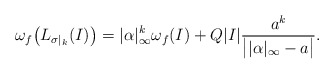
\begin{align*}\omega_f \big(L_{\sigma|_k}(I)\big) = |\alpha|_\infty ^k \omega_f(I) + Q |I| \frac{a^k}{\big||\alpha|_\infty -a\big|}.\end{align*}